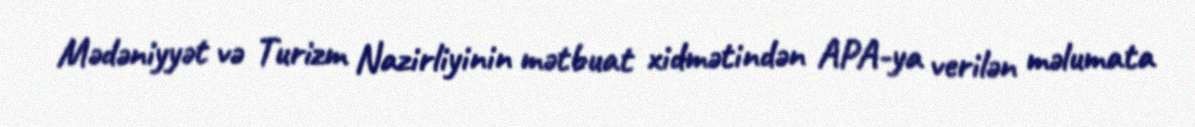
Mədəniyyət və Turizm Nazirliyinin mətbuat xidmətindən APA-ya verilən məlumata